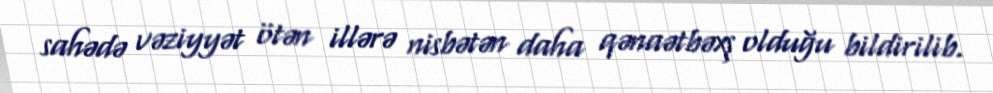
sahədə vəziyyət ötən illərə nisbətən daha qənaətbəxş olduğu bildirilib.